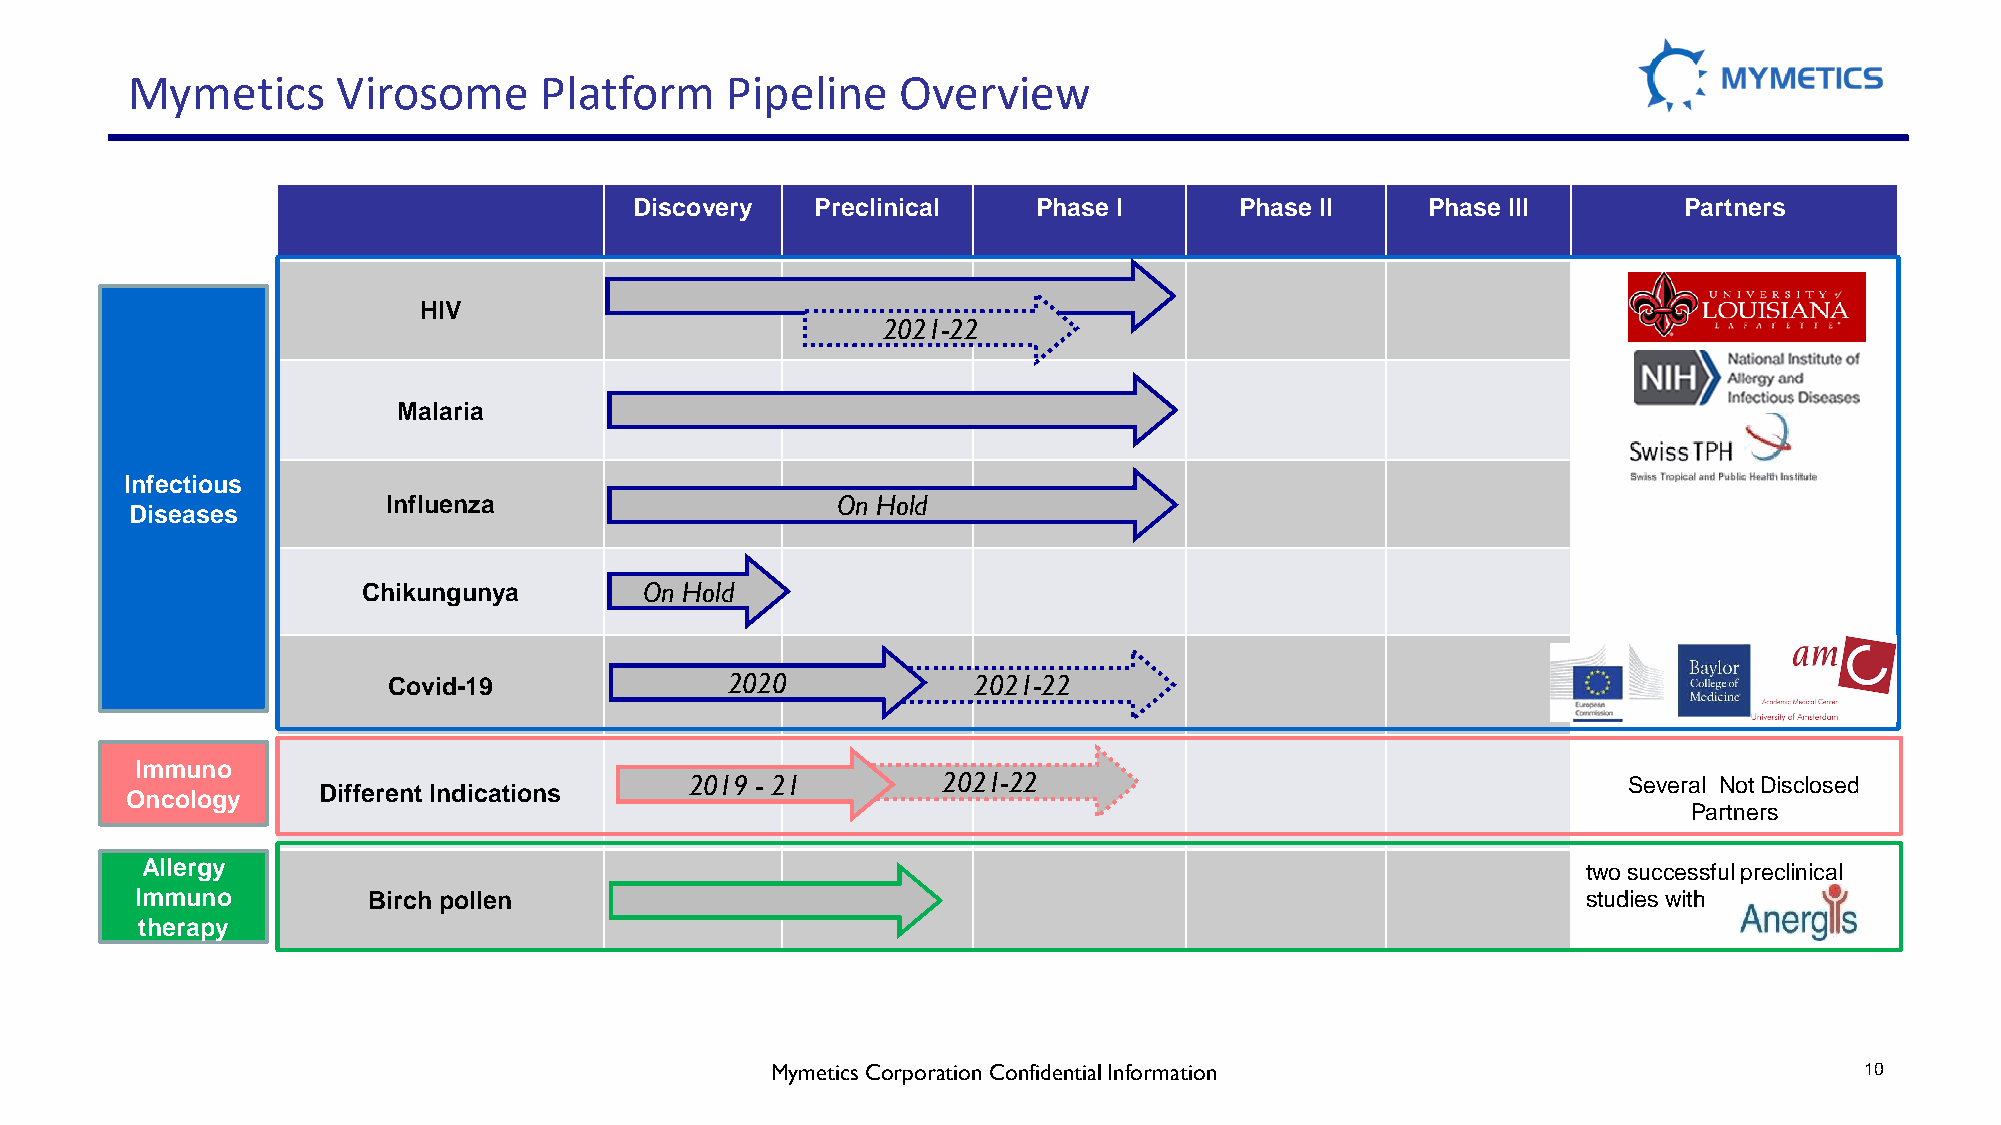
Mymetics      Virosome      Platform    Pipeline    Overview
 Discovery   Preclinical    Phase I      Phase II    Phase III        Partners
 HIV
 2021-22
 Malaria
 Infectious
 Influenza                    On Hold
 Diseases
 Chikungunya        On Hold
 Covid-19              2020            2021-22
 Immuno
 2019 - 21       2021-22                                       Several Not Disclosed
 Oncology     Different Indications
 Partners
 Allergy                                                                                         two successful preclinical
 Immuno         Birch pollen                                                                     studies with
 therapy
 MymeticsCorporation Confidential Information                            10